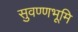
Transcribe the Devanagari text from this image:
सुवण्णभूमि